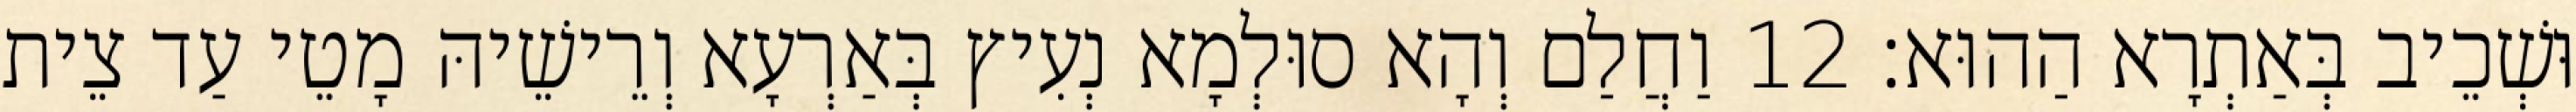
וּשְׁכֵיב בְּאַתְרָא הַהוּא׃ 12 וַחֲלַם וְהָא סוּלְמָא נְעִיץ בְּאַרְעָא וְרֵישֵׁיהּ מָטֵי עַד צֵית